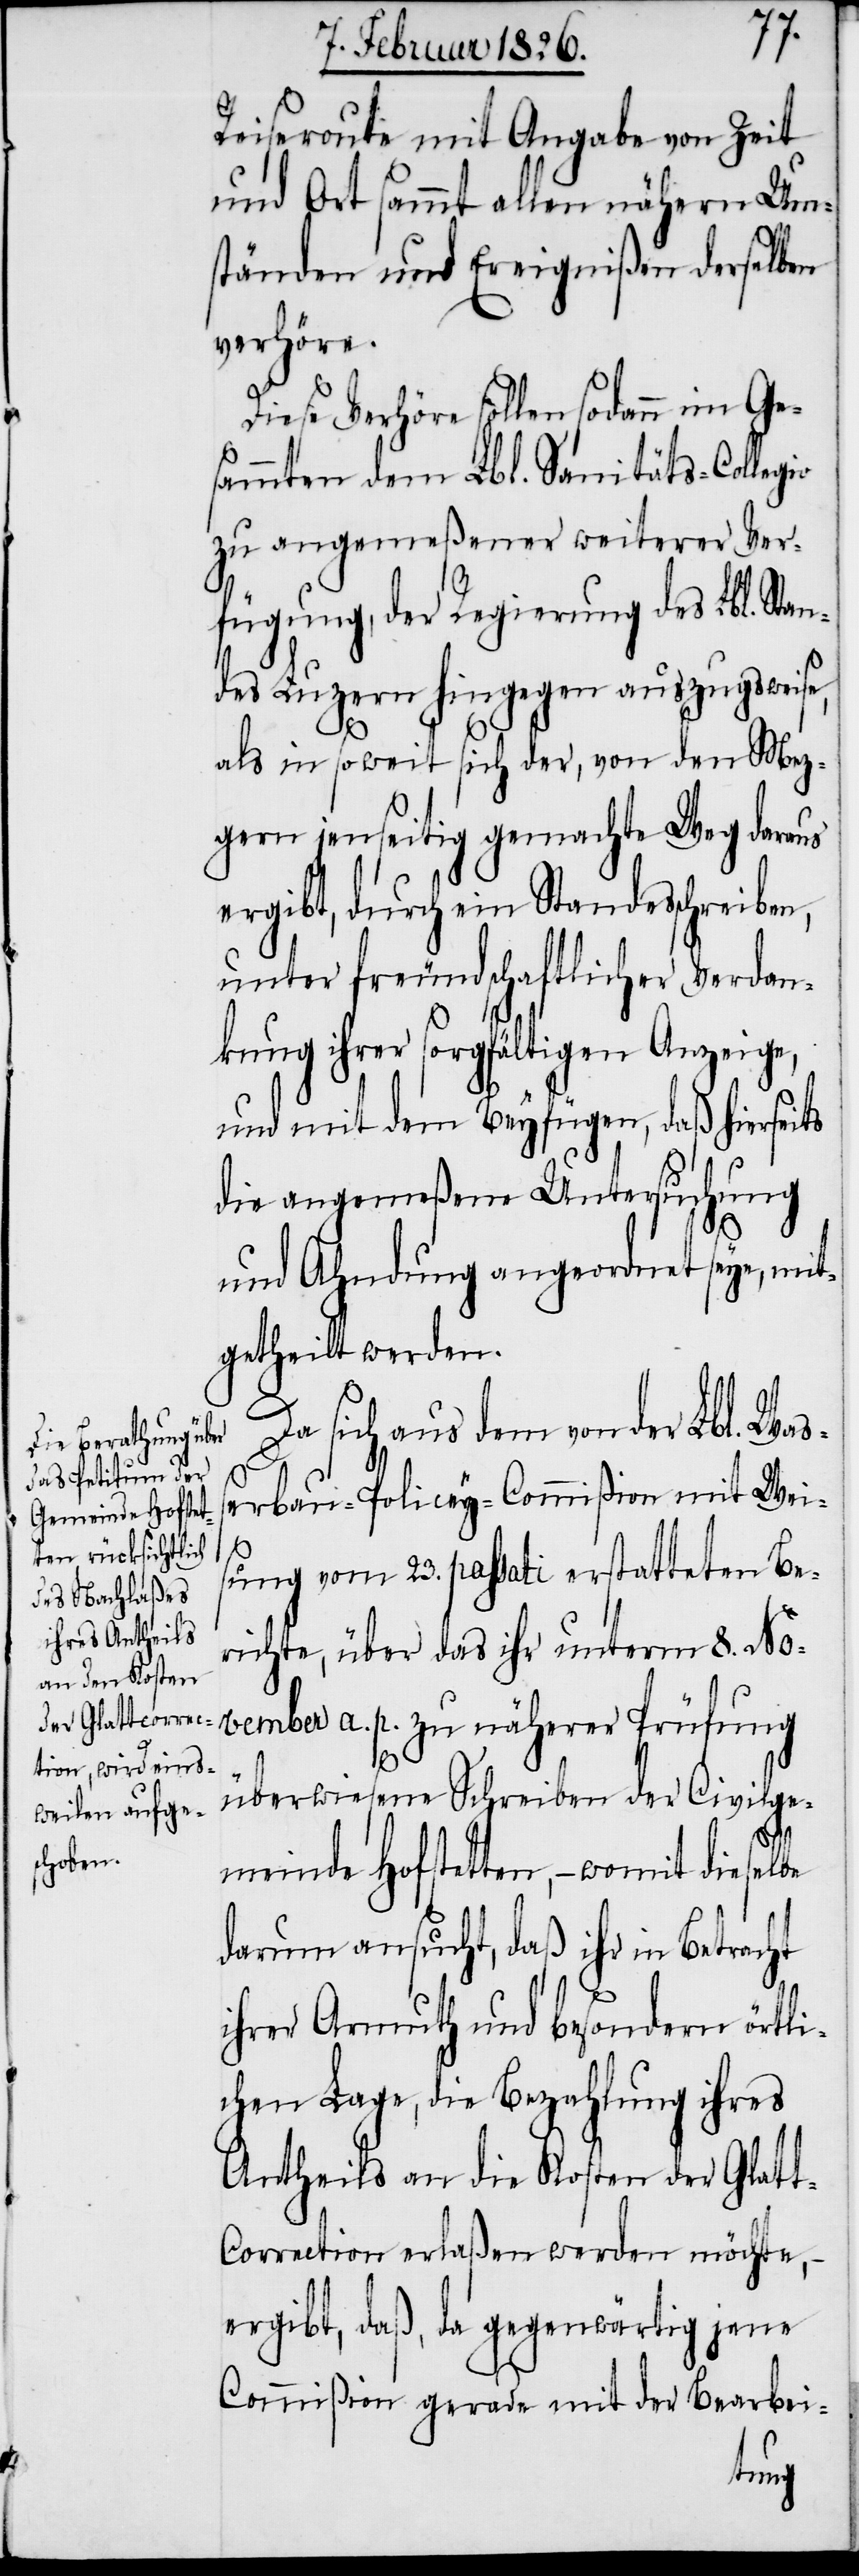
Reiseroute mit Angabe von Zeit
und Ort sammt allen nähern Um¬
ständen und Ereignißen derselben
verhöre.
Diese Verhöre sollen sodann im Ge¬
sammten dem Lbl. Sanitäts-Colleg¬
zu angemeßener weiterer Ver¬
fügung, der Regierung des Lbl. Stan¬
des Luzern hingegen auszugsweise,
als in soweit sich der, von den Mez¬
gern jenseitig gemachte Weg daraus
ergibt, durch ein Standesschreiben,
unter freundschaftlicher Verdan¬
kung ihrer sorgfältigen Anzeige,
und mit dem Beyfügen, daß hierseits
die angemeßene Untersuchung
und Ahndung angeordnet seye, mit¬
getheilt werden.
Da sich aus dem von der Lbl. Waß¬
io
erbau-Policey-Commißion mit Wei¬
sung vom 23. passati erstatteten Be¬
richte, über das ihr unterm 8. No¬
vember a. p. zu näherer Prüfung
überwiesene Schreiben der Civilg¬
emeinde Hofstetten, – womit dieselbe
darum ansucht, daß ihr in Betracht
ihrer Armuth und besondern örtli¬
chen Lage, die Bezahlung ihres
Antheils an die Kosten der Glat¬
t-Correction erlaßen werden möchte,
ergibt, daß, da gegenwärtig jene
Commißion gerade mit der Bearbei-